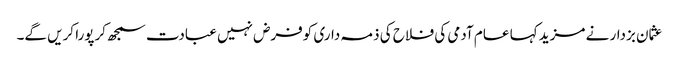
عثمان بزدار نے مزید کہا عام آدمی کی فلاح کی ذمہ داری کوفرض نہیں عبادت سمجھ کرپورا کریں گے۔